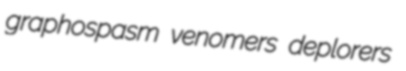
graphospasm venomers deplorers